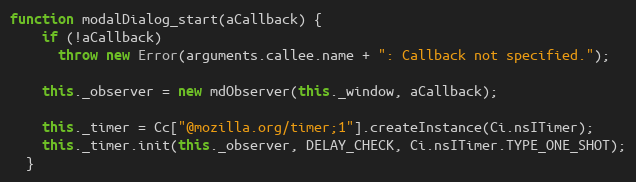
Language: JavaScript
function modalDialog_start(aCallback) {
    if (!aCallback)
      throw new Error(arguments.callee.name + ": Callback not specified.");

    this._observer = new mdObserver(this._window, aCallback);

    this._timer = Cc["@mozilla.org/timer;1"].createInstance(Ci.nsITimer);
    this._timer.init(this._observer, DELAY_CHECK, Ci.nsITimer.TYPE_ONE_SHOT);
  }